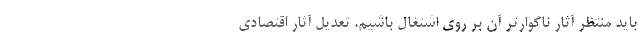
باید منتظر آثار ناگوارتر آن بر روی اشتغال باشیم. تعدیل آثار اقتصادی